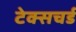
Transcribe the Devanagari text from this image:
टेक्सचर्ड